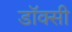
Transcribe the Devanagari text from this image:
डॉक्सी